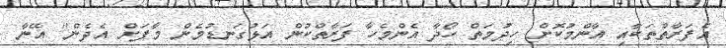
އެފަރާތްތަކާއި އާންމުކޮށް ހިދުމަތް ހޯދާ އެންމެހާ ފަރާތްކުން އަޅުގަނޑުމެން މާފަށް އެދެން" އޭނާ